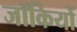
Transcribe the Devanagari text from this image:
जॉकियों